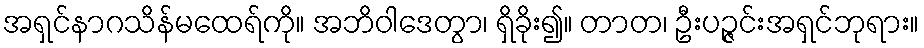
အရှင်နာဂသိန်မထေရ်ကို။ အဘိဝါဒေတွာ၊ ရှိခိုး၍။ တာတ၊ ဦးပဉ္ဇင်းအရှင်ဘုရား။